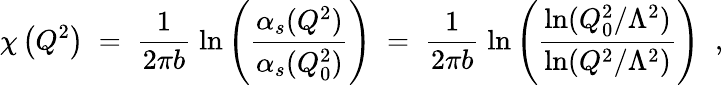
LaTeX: \chi\left(Q^{2}\right)\; =\; \frac{1}{2\pi b}\; \ln\left(\frac{\alpha_{s}(Q^{2})}{\alpha_{s}(Q_{0}^{2})}\right)\; =\; \frac{1}{2\pi b}\; \ln\left(\frac{\ln(Q_{0}^{2}/\Lambda^{2})}{\ln(Q^{2}/\Lambda^{2})}\right)\; \; ,